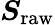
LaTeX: \boldsymbol{S}_{\mathrm{raw}}